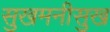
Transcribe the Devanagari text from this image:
सुखमनीसुख